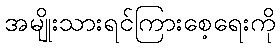
အမျိုးသားရင်ကြားစေ့ရေးကို